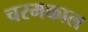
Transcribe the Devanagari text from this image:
चरमकाल